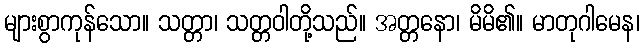
များစွာကုန်သော။ သတ္တာ၊ သတ္တဝါတို့သည်။ အတ္တနော၊ မိမိ၏။ မာတုဂါမေန၊